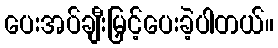
ပေးအပ်ချီးမြှင့်ပေးခဲ့ပါတယ်။